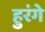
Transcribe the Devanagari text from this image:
हुरंगे